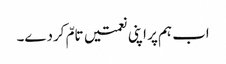
اب ہم پر اپنی نعمتیں تامّ کردے۔